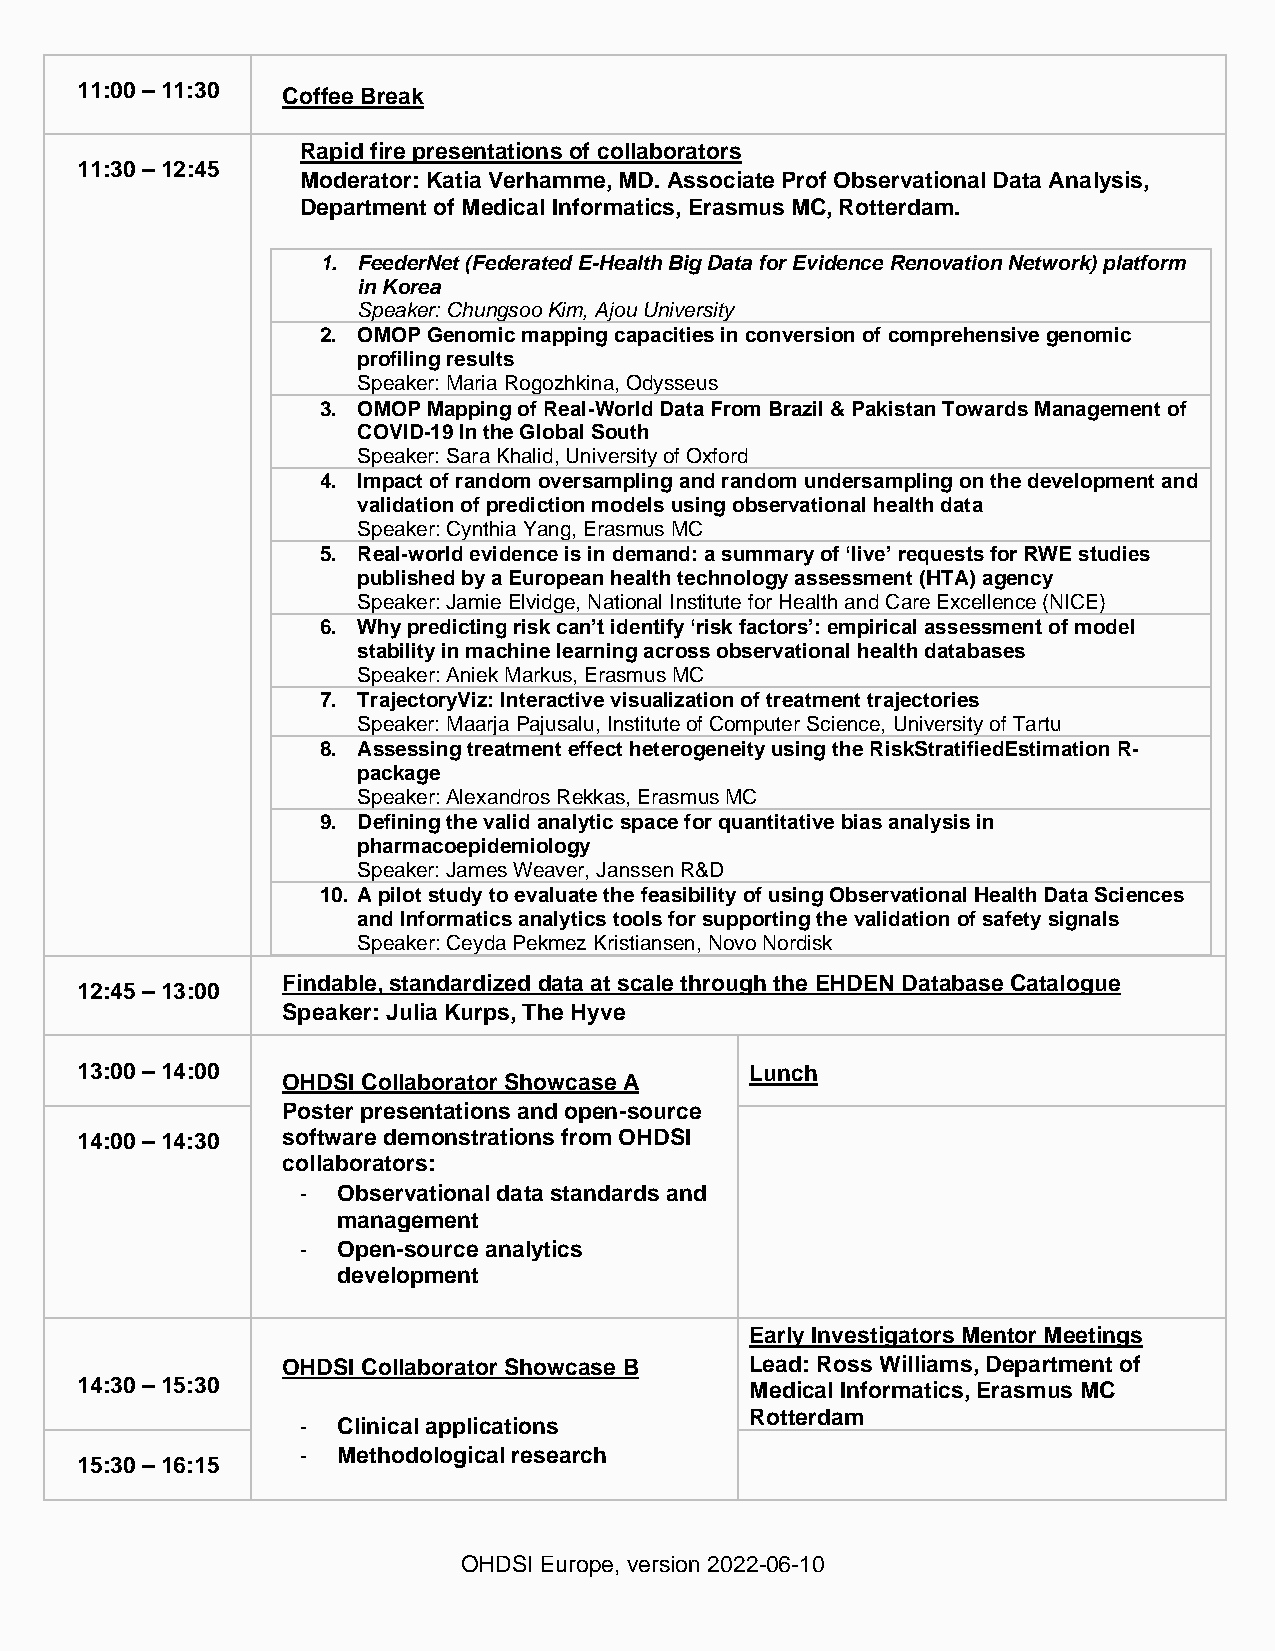
11:00 – 11:30 Coffee Break
 Rapid fire presentations of collaborators
 11:30 – 12:45
 Moderator: Katia Verhamme, MD. Associate Prof Observational Data Analysis,
 Department of Medical Informatics, Erasmus MC, Rotterdam.
 1. FeederNet (Federated E-Health Big Data for Evidence Renovation Network) platform
 in Korea
 Speaker: Chungsoo Kim, Ajou University
 2. OMOP Genomic mapping capacities in conversion of comprehensive genomic
 profiling results
 Speaker: Maria Rogozhkina, Odysseus
 3. OMOP Mapping of Real-World Data From Brazil & Pakistan Towards Management of
 COVID-19 In the Global South
 Speaker: Sara Khalid, University of Oxford
 4. Impact of random oversampling and random undersampling on the development and
 validation of prediction models using observational health data
 Speaker: Cynthia Yang, Erasmus MC
 5. Real-world evidence is in demand: a summary of ‘live’ requests for RWE studies
 published by a European health technology assessment (HTA) agency
 Speaker: Jamie Elvidge, National Institute for Health and Care Excellence (NICE)
 6. Why predicting risk can’t identify ‘risk factors’: empirical assessment of model
 stability in machine learning across observational health databases
 Speaker: Aniek Markus, Erasmus MC
 7. TrajectoryViz: Interactive visualization of treatment trajectories
 Speaker: Maarja Pajusalu, Institute of Computer Science, University of Tartu
 8. Assessing treatment effect heterogeneity using the RiskStratifiedEstimation R-
 package
 Speaker: Alexandros Rekkas, Erasmus MC
 9. Defining the valid analytic space for quantitative bias analysis in
 pharmacoepidemiology
 Speaker: James Weaver, Janssen R&D
 10. A pilot study to evaluate the feasibility of using Observational Health Data Sciences
 and Informatics analytics tools for supporting the validation of safety signals
 Speaker: Ceyda Pekmez Kristiansen, Novo Nordisk
 Findable, standardized data at scale through the EHDEN Database Catalogue
 12:45 – 13:00
 Speaker: Julia Kurps, The Hyve
 13:00 – 14:00                                Lunch
 OHDSI Collaborator Showcase A
 Poster presentations and open-source
 14:00 – 14:30 software demonstrations from OHDSI
 collaborators:
 - Observational data standards and
 management
 - Open-source analytics
 development
 Early Investigators Mentor Meetings
 OHDSI Collaborator Showcase B  Lead: Ross Williams, Department of
 14:30 – 15:30                                Medical Informatics, Erasmus MC
 Rotterdam
 - Clinical applications
 - Methodological research
 15:30 – 16:15
 OHDSI Europe, version 2022-06-10